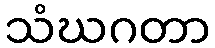
သံဃဂတာ